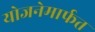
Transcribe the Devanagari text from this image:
योजनेमार्फत